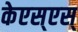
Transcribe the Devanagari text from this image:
केएस्‌एस्‌